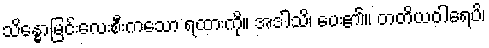
သိန္ဓောမြင်းလေးစီးကသော ရထားကို။ အဒါသိ၊ ပေး၏။ တတိယဝါရေပိ၊